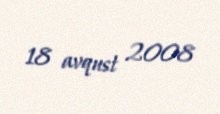
18 avqust 2008